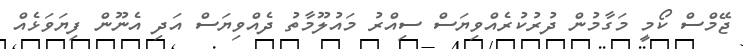
ޖޭމްސް ކޯމީ މަގާމުން ދުރުކުރެއްވިޔަސް ސިއްރު މައުލޫމާތު ދެއްވިޔަސް އަދި އެނޫން ފިޔަވަޅެއް